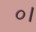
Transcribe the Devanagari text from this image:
०।